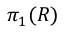
\pi _ { 1 } ( R )